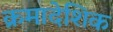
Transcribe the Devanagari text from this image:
क्रमादेशिक